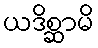
ယဒိစ္ဆာမိ